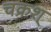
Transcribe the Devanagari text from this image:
चक्रश्